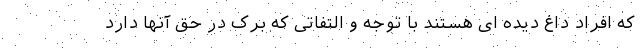
که افراد داغ دیده ای هستند با توجه و التفاتی که برک در حق آنها دارد